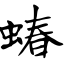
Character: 蝽